Leprosy in India: report of the Leprosy Commission in India, 1890-91
Year: 1890
Disease focus: Leprosy
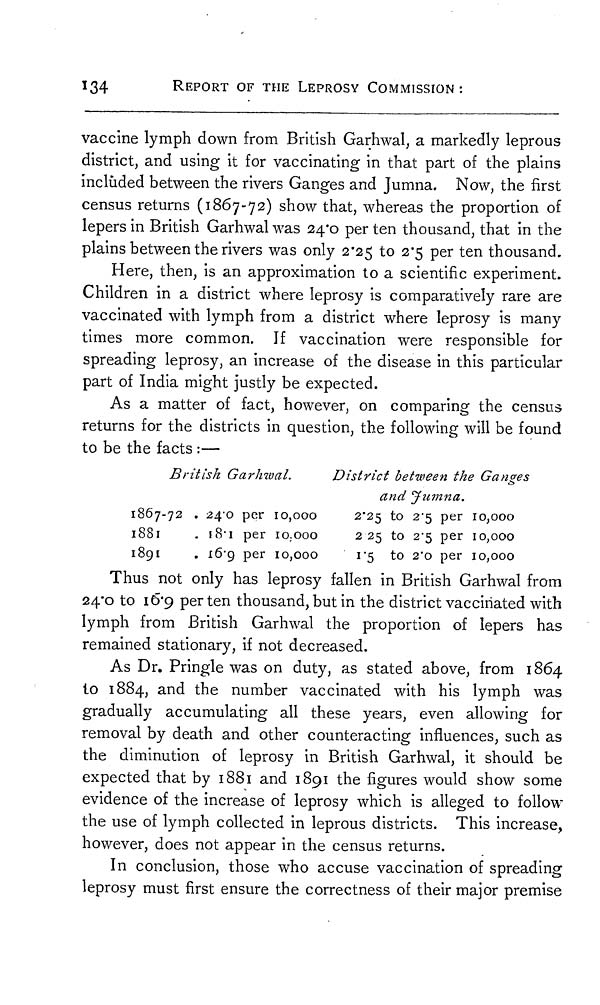
134
REPORT OF THE LEPROSY COMMISSION:
vaccine lymph down from British Garhwal, a markedly leprous
district, and using it for vaccinating in that part of the plains
included between the rivers Ganges and Jumna. Now, the first
census returns (1867-72) show that, whereas the proportion of
lepers in British Garhwal was 24.0 per ten thousand, that in the
plains between the rivers was only 2.25 to 2.5 per ten thousand.
Here, then, is an approximation to a scientific experiment.
Children in a district where leprosy is comparatively rare are
vaccinated with lymph from a district where leprosy is many
times more common. If vaccination were responsible for
spreading leprosy, an increase of the disease in this particular
part of India might justly be expected.
As a matter of fact, however, on comparing the census
returns for the districts in question, the following will be found
to be the facts :—
British Garhwal.
1867-72 . 24.0 per 10,000
1881
. 18.1 per 10.000
1891
. I6.9 per 10,000
District between the Ganges
and Jumna.
2.25 to 2.5 per 10,000
2 25 to 2.5 per 10,000
1.5 to 2.0 per 10,000
Thus not only has leprosy fallen in British Garhwal from
24.0 to 16.9 per ten thousand, but in the district vaccinated with
lymph from British Garhwal the proportion of lepers has
remained stationary, if not decreased.
As Dr. Pringle was on duty, as stated above, from 1864
to 1884, and the number vaccinated with his lymph was
gradually accumulating all these years, even allowing for
removal by death and other counteracting influences, such as
the diminution of leprosy in British Garhwal, it should be
expected that by 1881 and 1891 the figures would show some
evidence of the increase of leprosy which is alleged to follow
the use of lymph collected in leprous districts. This increase,
however, does not appear in the census returns.
In conclusion, those who accuse vaccination of spreading
leprosy must first ensure the correctness of their major premise